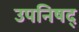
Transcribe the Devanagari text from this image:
उपनिषद्‍